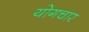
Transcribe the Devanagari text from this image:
योगचार